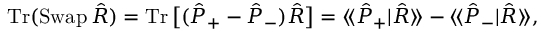
\operatorname { T r } ( \operatorname { S w a p } \hat { R } ) = \operatorname { T r } \big [ ( \hat { P } _ { + } - \hat { P } _ { - } ) \hat { R } \big ] = \langle \! \langle \hat { P } _ { + } | \hat { R } \rangle \! \rangle - \langle \! \langle \hat { P } _ { - } | \hat { R } \rangle \! \rangle ,